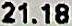
21.18